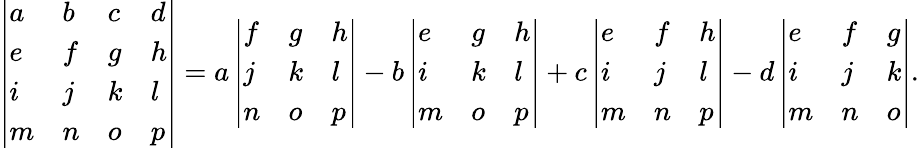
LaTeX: {\left|\begin{array}{llll}{a}&{b}&{c}&{d}\\ {e}&{f}&{g}&{h}\\ {i}&{j}&{k}&{l}\\ {m}&{n}&{o}&{p}\end{array}\right|}=a\, {\left|\begin{array}{lll}{f}&{g}&{h}\\ {j}&{k}&{l}\\ {n}&{o}&{p}\end{array}\right|}-b\, {\left|\begin{array}{lll}{e}&{g}&{h}\\ {i}&{k}&{l}\\ {m}&{o}&{p}\end{array}\right|}+c\, {\left|\begin{array}{lll}{e}&{f}&{h}\\ {i}&{j}&{l}\\ {m}&{n}&{p}\end{array}\right|}-d\, {\left|\begin{array}{lll}{e}&{f}&{g}\\ {i}&{j}&{k}\\ {m}&{n}&{o}\end{array}\right|}.